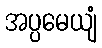
အပ္ပမေယျံ